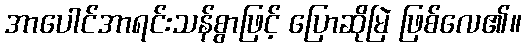
အာပေါင်အာရင်းသန်စွာဖြင့် ပြောဆိုမြဲ ဖြစ်လေ၏။